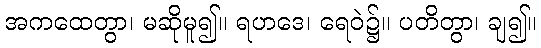
အကထေတွာ၊ မဆိုမူ၍။ ရဟဒေ၊ ရေဝဲ၌။ ပတိတွာ၊ ချ၍။